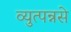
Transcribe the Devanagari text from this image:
व्युत्पन्नसे